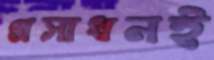
প্রসাধনই